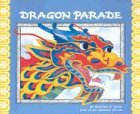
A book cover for Dragon Parade: A Chinese New Year Story (Stories of America); Steven A. Chin; Children's Books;